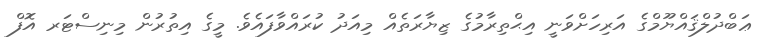
ޢަބްދުލްޤައްޔޫމްގެ އަރިހަށްވަނީ އިޙްތިރާމުގެ ޒިޔާރަތެއް މިއަދު ކުރައްވާފައެވެ. މީގެ އިތުރުން މިނިސްޓަރ އޮފް